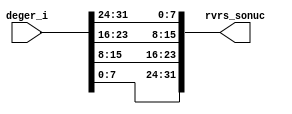
// This program was cloned from: https://github.com/KASIRGA-KIZIL/tekno-kizil
// License: GNU General Public License v3.0

// rvrs_unit.v

`timescale 1ns / 1ps

module rvrs_unit(
   input [31:0] deger_i,
   output [31:0] rvrs_sonuc
);
   assign rvrs_sonuc = {deger_i[7:0], deger_i[15:8], deger_i[23:16], deger_i[31:24]};
endmodule